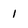
Character: 1